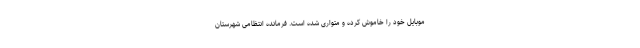
موبایل خود را خاموش کرده و متواری شده است. فرمانده انتظامی شهرستان